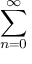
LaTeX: \sum _ { n = 0 } ^ { \infty }